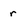
Character: r